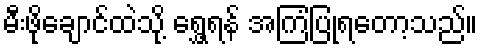
မီးဖိုချောင်ထဲသို့ ရွှေ့ရန် အကြံပြုရတော့သည်။